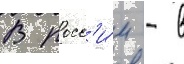
В росс'и́и - в